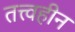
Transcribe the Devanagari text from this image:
तत्त्वहीन